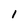
Character: 1